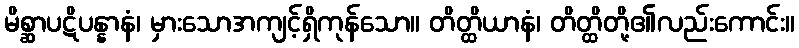
မိစ္ဆာပဋိပန္နာနံ၊ မှားသောအကျင့်ရှိကုန်သော။ တိတ္ထိယာနံ၊ တိတ္ထိတို့၏လည်းကောင်း။